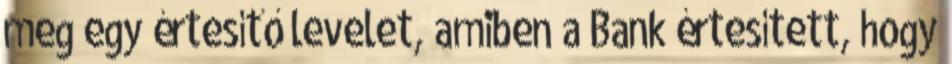
meg egy értesítő levelet, amiben a Bank értesített, hogy